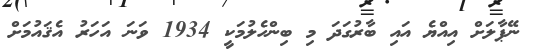
ނޭޕާލަށް އިއްޔެ އައި ބާރުގަދަ މި ބިންހެލުމަކީ 1934 ވަނަ އަހަރު އެޤައުމަށް